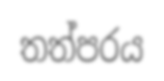
තත්පරය